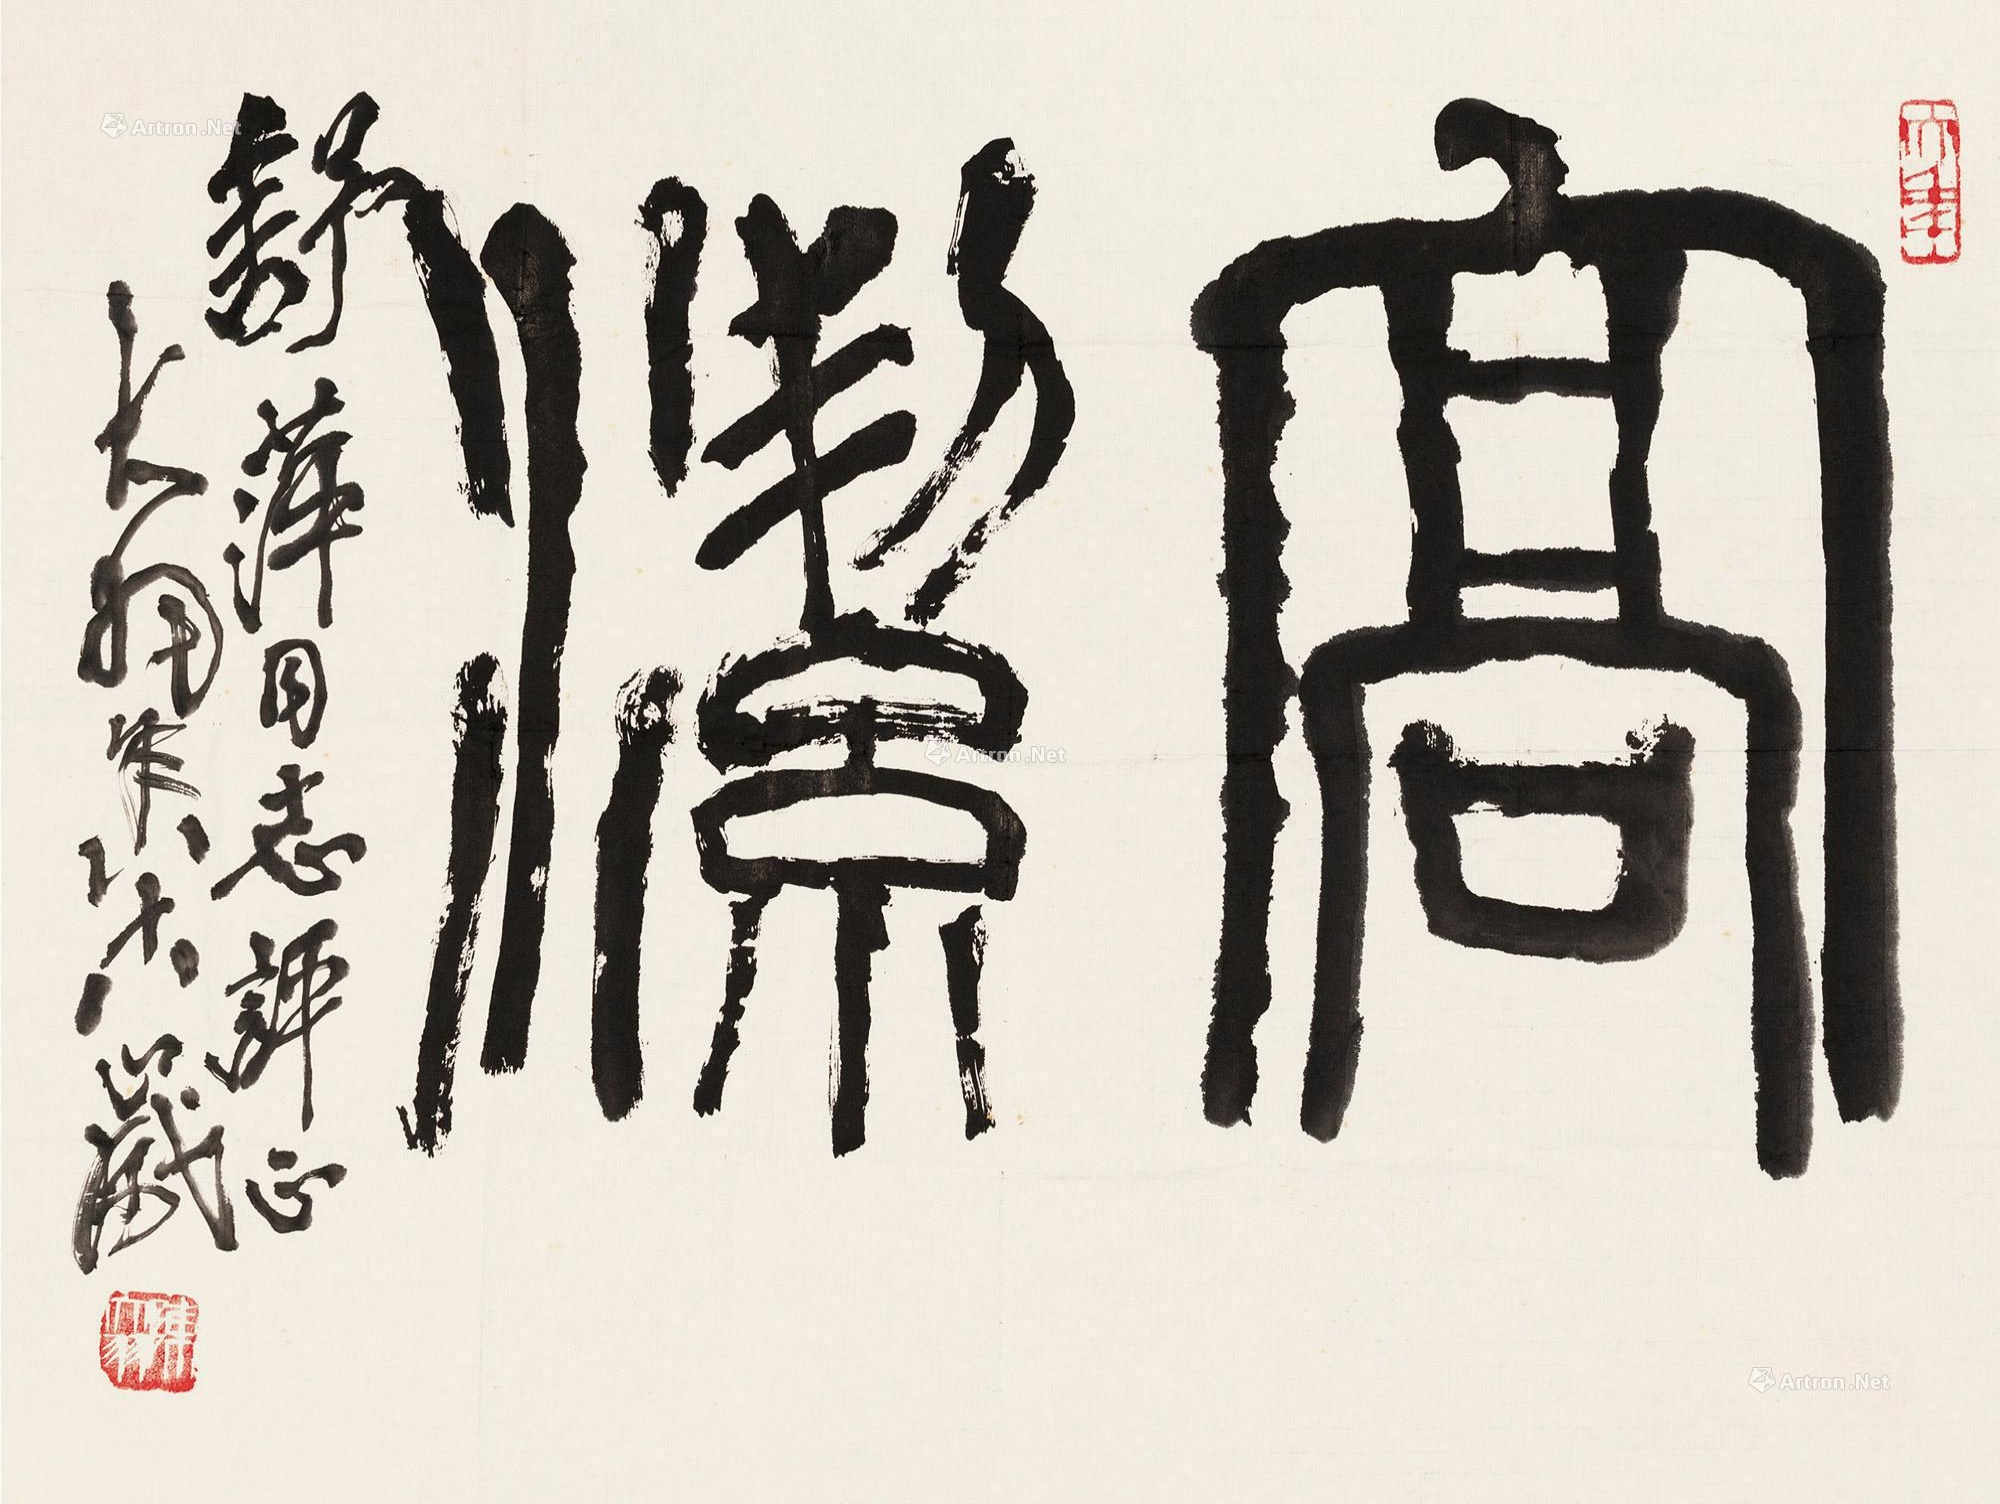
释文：高洁。舒萍同志评正，大羽年八十八岁。